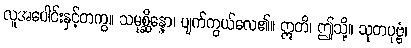
လူအပေါင်းနှင့်တကွ။ သမုစ္ဆိန္နော၊ ပျက်ကွယ်လေ၏။ ဣတိ၊ ဤသို့။ သုတပုဗ္ဗံ၊